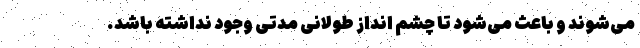
می‌شوند و باعث می‌شود تا چشم انداز طولانی مدتی وجود نداشته باشد.